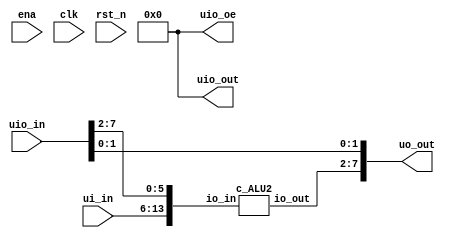
module tt_um_rebel2_balanced_ternary_ALU (
    input  wire [7:0] ui_in,    // Dedicated inputs
    output wire [7:0] uo_out,   // Dedicated outputs
    input  wire [7:0] uio_in,   // IOs: Input path
    output wire [7:0] uio_out,  // IOs: Output path
    output wire [7:0] uio_oe,   // IOs: Enable path (active high: 0=input, 1=output)
    input  wire       ena,      // will go high when the design is enabled
    input  wire       clk,      // clock
    input  wire       rst_n     // reset_n - low to reset
);

wire [1:0] tnet_0 = ui_in[7:6]; //func2
wire [1:0] tnet_1 = ui_in[5:4]; //func1
wire [1:0] tnet_2 = ui_in[3:2]; //func0
wire [1:0] tnet_3 = ui_in[1:0]; //b1
wire [1:0] tnet_4 = uio_in[7:6]; //b0
wire [1:0] tnet_5 = uio_in[5:4]; //a1
wire [1:0] tnet_6 = uio_in[3:2]; //a0
wire [1:0] tnet_7 = uio_in[1:0]; //unused

wire [1:0] tnet_8;
wire [1:0] tnet_9;
wire [1:0] tnet_10;

assign uio_oe = 8'b0000_0000; // 0 = input, 1 = output
  assign uio_out[7:0] = 8'b00000000;

assign uo_out[7:6] = tnet_8; //carry
assign uo_out[5:4] = tnet_9; //out1
assign uo_out[3:2] = tnet_10; //out0
assign uo_out[1:0] = tnet_7; //unused

c_ALU2 SavedGate_1 (
.io_in({tnet_0,tnet_1,tnet_2,tnet_3,tnet_4,tnet_5,tnet_6}),
.io_out({tnet_8,tnet_9,tnet_10})
);

endmodule


module c_ALU2 (
     input [13:0] io_in,
     output [5:0] io_out
);

wire [1:0] tnet_0 = io_in[13:12]; //func2
wire [1:0] tnet_1 = tnet_0;
wire [1:0] tnet_2 = io_in[11:10]; //func1
wire [1:0] tnet_3 = tnet_2;
wire [1:0] tnet_4 = tnet_2;
wire [1:0] tnet_5 = tnet_2;
wire [1:0] tnet_6 = io_in[9:8]; //func0
wire [1:0] tnet_7 = tnet_6;
wire [1:0] tnet_8 = tnet_6;
wire [1:0] tnet_9 = tnet_6;
wire [1:0] tnet_10 = tnet_6;
wire [1:0] tnet_11 = io_in[7:6]; //b1
wire [1:0] tnet_12 = tnet_11;
wire [1:0] tnet_13 = tnet_11;
wire [1:0] tnet_14 = tnet_11;
wire [1:0] tnet_15 = tnet_11;
wire [1:0] tnet_16 = io_in[5:4]; //b0
wire [1:0] tnet_17 = tnet_16;
wire [1:0] tnet_18 = tnet_16;
wire [1:0] tnet_19 = tnet_16;
wire [1:0] tnet_20 = tnet_16;
wire [1:0] tnet_21 = io_in[3:2]; //a1
wire [1:0] tnet_22 = tnet_21;
wire [1:0] tnet_23 = tnet_21;
wire [1:0] tnet_24 = tnet_21;
wire [1:0] tnet_25 = tnet_21;
wire [1:0] tnet_26 = io_in[1:0]; //a0
wire [1:0] tnet_27 = tnet_26;
wire [1:0] tnet_28 = tnet_26;
wire [1:0] tnet_29 = tnet_26;
wire [1:0] tnet_30 = tnet_26;

wire [1:0] tnet_31;
wire [1:0] tnet_32;
wire [1:0] tnet_33;
wire [1:0] tnet_34;
wire [1:0] tnet_35;
wire [1:0] tnet_36;
wire [1:0] tnet_37;
wire [1:0] tnet_38;
wire [1:0] tnet_39;
wire [1:0] tnet_40;
wire [1:0] tnet_41;
wire [1:0] tnet_42;
wire [1:0] tnet_43;
wire [1:0] tnet_44;
wire [1:0] tnet_45;
wire [1:0] tnet_46;
wire [1:0] tnet_47 = tnet_46;
wire [1:0] tnet_48;
wire [1:0] tnet_49;
wire [1:0] tnet_50;
wire [1:0] tnet_51;
wire [1:0] tnet_52;
wire [1:0] tnet_53;
wire [1:0] tnet_54;
wire [1:0] tnet_55;
wire [1:0] tnet_56;
wire [1:0] tnet_57;
wire [1:0] tnet_58;

assign io_out[5:4] = tnet_56; //carry
assign io_out[3:2] = tnet_57; //out1
assign io_out[1:0] = tnet_58; //out0

f_DGDDDDDAD_bet LogicGate_0 (
.portB(tnet_1),
.portA(tnet_4),
.portC(tnet_41),
.out(tnet_56)
);

c_SHIFT2 SavedGate_0 (
.io_in({tnet_25,tnet_30,tnet_15,tnet_20,tnet_2,tnet_6}),
.io_out({tnet_32,tnet_31})
);

c_2MUX2 SavedGate_1 (
.io_in({tnet_9,tnet_38,tnet_37,tnet_36,tnet_35}),
.io_out({tnet_33,tnet_34})
);

c_2TritMul SavedGate_2 (
.io_in({tnet_13,tnet_18,tnet_23,tnet_28}),
.io_out({tnet_38,tnet_37,tnet_36,tnet_35})
);

c_2MUX2 SavedGate_3 (
.io_in({tnet_5,tnet_33,tnet_34,tnet_42,tnet_43}),
.io_out({tnet_39,tnet_40})
);

c_3MUX2 SavedGate_4 (
.io_in({tnet_0,tnet_32,tnet_31,tnet_39,tnet_40,tnet_53,tnet_52}),
.io_out({tnet_57,tnet_58})
);

c_AddSub2 SavedGate_5 (
.io_in({tnet_7,tnet_14,tnet_19,tnet_24,tnet_29}),
.io_out({tnet_41,tnet_42,tnet_43})
);

c_3MUX2 SavedGate_6 (
.io_in({tnet_10,tnet_49,tnet_48,tnet_47,tnet_46,tnet_51,tnet_50}),
.io_out({tnet_44,tnet_45})
);

c_CMP2 SavedGate_7 (
.io_in({tnet_12,tnet_17,tnet_22,tnet_27}),
.io_out({tnet_51,tnet_50,tnet_49,tnet_48,tnet_46})
);

c_2MUX2 SavedGate_8 (
.io_in({tnet_3,tnet_44,tnet_45,tnet_55,tnet_54}),
.io_out({tnet_53,tnet_52})
);

c_CMP2tritwise SavedGate_9 (
.io_in({tnet_8,tnet_11,tnet_16,tnet_21,tnet_26}),
.io_out({tnet_55,tnet_54})
);

endmodule

module c_2MUX1 (
     input [5:0] io_in,
     output [1:0] io_out
);

wire [1:0] tnet_0 = io_in[5:4]; //sel
wire [1:0] tnet_1 = io_in[3:2]; //b
wire [1:0] tnet_2 = io_in[1:0]; //a

wire [1:0] tnet_3;

assign io_out[1:0] = tnet_3; //q

f_PPPPPPZD0_bet LogicGate_0 (
.portC(tnet_0),
.portB(tnet_1),
.portA(tnet_2),
.out(tnet_3)
);

endmodule

module c_2MUX2 (
     input [9:0] io_in,
     output [3:0] io_out
);

wire [1:0] tnet_0 = io_in[9:8]; //sel
wire [1:0] tnet_1 = tnet_0;
wire [1:0] tnet_2 = io_in[7:6]; //b1
wire [1:0] tnet_3 = io_in[5:4]; //b0
wire [1:0] tnet_4 = io_in[3:2]; //a1
wire [1:0] tnet_5 = io_in[1:0]; //a0

wire [1:0] tnet_6;
wire [1:0] tnet_7;

assign io_out[3:2] = tnet_6; //q1
assign io_out[1:0] = tnet_7; //q0

c_2MUX1 SavedGate_0 (
.io_in({tnet_0,tnet_2,tnet_4}),
.io_out({tnet_6})
);

c_2MUX1 SavedGate_1 (
.io_in({tnet_1,tnet_3,tnet_5}),
.io_out({tnet_7})
);

endmodule

module c_2TritAdder (
     input [7:0] io_in,
     output [5:0] io_out
);

wire [1:0] tnet_0 = io_in[7:6]; //b1
wire [1:0] tnet_1 = io_in[5:4]; //b0
wire [1:0] tnet_2 = io_in[3:2]; //a1
wire [1:0] tnet_3 = io_in[1:0]; //a0

wire [1:0] tnet_4;
wire [1:0] tnet_5;
wire [1:0] tnet_6;
wire [1:0] tnet_7;

assign io_out[5:4] = tnet_5; //Cout
assign io_out[3:2] = tnet_6; //q1
assign io_out[1:0] = tnet_7; //q0

c_TriFullAdder SavedGate_0 (
.io_in({tnet_4,tnet_0,tnet_2}),
.io_out({tnet_5,tnet_6})
);

c_TriHalfAdder SavedGate_1 (
.io_in({tnet_1,tnet_3}),
.io_out({tnet_4,tnet_7})
);

endmodule

module c_2TritComp (
     input [7:0] io_in,
     output [1:0] io_out
);

wire [1:0] tnet_0 = io_in[7:6]; //b1
wire [1:0] tnet_1 = io_in[5:4]; //b0
wire [1:0] tnet_2 = io_in[3:2]; //a1
wire [1:0] tnet_3 = io_in[1:0]; //a0

wire [1:0] tnet_4;
wire [1:0] tnet_5;

assign io_out[1:0] = tnet_5; //q

f_H51_bet LogicGate_0 (
.portB(tnet_0),
.portA(tnet_2),
.out(tnet_4)
);

c_RippleComp SavedGate_0 (
.io_in({tnet_4,tnet_1,tnet_3}),
.io_out({tnet_5})
);

endmodule

module c_2TritMul (
     input [7:0] io_in,
     output [7:0] io_out
);

wire [1:0] tnet_0 = io_in[7:6]; //b1
wire [1:0] tnet_1 = tnet_0;
wire [1:0] tnet_2 = io_in[5:4]; //b0
wire [1:0] tnet_3 = tnet_2;
wire [1:0] tnet_4 = io_in[3:2]; //a1
wire [1:0] tnet_5 = tnet_4;
wire [1:0] tnet_6 = io_in[1:0]; //a0
wire [1:0] tnet_7 = tnet_6;

wire [1:0] tnet_8;
wire [1:0] tnet_9;
wire [1:0] tnet_10;
wire [1:0] tnet_11;
wire [1:0] tnet_12;
wire [1:0] tnet_13;
wire [1:0] tnet_14;
wire [1:0] tnet_15;

assign io_out[7:6] = tnet_12; //q3
assign io_out[5:4] = tnet_13; //q2
assign io_out[3:2] = tnet_14; //q1
assign io_out[1:0] = tnet_15; //q0

c_TriMul1 SavedGate_0 (
.io_in({tnet_1,tnet_5}),
.io_out({tnet_8})
);

c_TriHalfAdder SavedGate_1 (
.io_in({tnet_8,tnet_10}),
.io_out({tnet_12,tnet_13})
);

c_TriMul1 SavedGate_2 (
.io_in({tnet_3,tnet_4}),
.io_out({tnet_9})
);

c_TriHalfAdder SavedGate_3 (
.io_in({tnet_9,tnet_11}),
.io_out({tnet_10,tnet_14})
);

c_TriMul1 SavedGate_4 (
.io_in({tnet_0,tnet_7}),
.io_out({tnet_11})
);

c_TriMul1 SavedGate_5 (
.io_in({tnet_2,tnet_6}),
.io_out({tnet_15})
);

endmodule

module c_2TritNot (
     input [3:0] io_in,
     output [3:0] io_out
);

wire [1:0] tnet_0 = io_in[3:2]; //a1
wire [1:0] tnet_1 = io_in[1:0]; //a0

wire [1:0] tnet_2;
wire [1:0] tnet_3;

assign io_out[3:2] = tnet_2; //q1
assign io_out[1:0] = tnet_3; //q0

f_5_bet LogicGate_0 (
.portA(tnet_0),
.out(tnet_2)
);

f_5_bet LogicGate_1 (
.portA(tnet_1),
.out(tnet_3)
);

endmodule

module c_3MUX1 (
     input [7:0] io_in,
     output [1:0] io_out
);

wire [1:0] tnet_0 = io_in[7:6]; //sel
wire [1:0] tnet_1 = tnet_0;
wire [1:0] tnet_2 = io_in[5:4]; //c
wire [1:0] tnet_3 = io_in[3:2]; //b
wire [1:0] tnet_4 = io_in[1:0]; //a

wire [1:0] tnet_5;
wire [1:0] tnet_6;

assign io_out[1:0] = tnet_6; //out

f_PPPZD0ZD0_bet LogicGate_0 (
.portC(tnet_0),
.portB(tnet_2),
.portA(tnet_5),
.out(tnet_6)
);

f_RPPRPPZD0_bet LogicGate_1 (
.portC(tnet_1),
.portB(tnet_3),
.portA(tnet_4),
.out(tnet_5)
);

endmodule

module c_3MUX2 (
     input [13:0] io_in,
     output [3:0] io_out
);

wire [1:0] tnet_0 = io_in[13:12]; //sel
wire [1:0] tnet_1 = tnet_0;
wire [1:0] tnet_2 = io_in[11:10]; //c1
wire [1:0] tnet_3 = io_in[9:8]; //c0
wire [1:0] tnet_4 = io_in[7:6]; //b1
wire [1:0] tnet_5 = io_in[5:4]; //b0
wire [1:0] tnet_6 = io_in[3:2]; //a1
wire [1:0] tnet_7 = io_in[1:0]; //a0

wire [1:0] tnet_8;
wire [1:0] tnet_9;

assign io_out[3:2] = tnet_8; //q1
assign io_out[1:0] = tnet_9; //q0

c_3MUX1 SavedGate_0 (
.io_in({tnet_0,tnet_2,tnet_4,tnet_6}),
.io_out({tnet_8})
);

c_3MUX1 SavedGate_1 (
.io_in({tnet_1,tnet_3,tnet_5,tnet_7}),
.io_out({tnet_9})
);

endmodule

module c_AddSub2 (
     input [9:0] io_in,
     output [5:0] io_out
);

wire [1:0] tnet_0 = io_in[9:8]; //sel
wire [1:0] tnet_1 = io_in[7:6]; //b1
wire [1:0] tnet_2 = tnet_1;
wire [1:0] tnet_3 = io_in[5:4]; //b0
wire [1:0] tnet_4 = tnet_3;
wire [1:0] tnet_5 = io_in[3:2]; //a1
wire [1:0] tnet_6 = io_in[1:0]; //a0

wire [1:0] tnet_7;
wire [1:0] tnet_8;
wire [1:0] tnet_9;
wire [1:0] tnet_10;
wire [1:0] tnet_11;
wire [1:0] tnet_12;
wire [1:0] tnet_13;

assign io_out[5:4] = tnet_11; //q2
assign io_out[3:2] = tnet_12; //q1
assign io_out[1:0] = tnet_13; //q0

c_2TritNot SavedGate_0 (
.io_in({tnet_2,tnet_4}),
.io_out({tnet_7,tnet_8})
);

c_2MUX2 SavedGate_1 (
.io_in({tnet_0,tnet_7,tnet_8,tnet_1,tnet_3}),
.io_out({tnet_9,tnet_10})
);

c_2TritAdder SavedGate_2 (
.io_in({tnet_9,tnet_10,tnet_5,tnet_6}),
.io_out({tnet_11,tnet_12,tnet_13})
);

endmodule

module c_CMP2 (
     input [7:0] io_in,
     output [9:0] io_out
);

wire [1:0] tnet_0 = io_in[7:6]; //b1
wire [1:0] tnet_1 = tnet_0;
wire [1:0] tnet_2 = tnet_0;
wire [1:0] tnet_3 = io_in[5:4]; //b0
wire [1:0] tnet_4 = tnet_3;
wire [1:0] tnet_5 = tnet_3;
wire [1:0] tnet_6 = io_in[3:2]; //a1
wire [1:0] tnet_7 = tnet_6;
wire [1:0] tnet_8 = tnet_6;
wire [1:0] tnet_9 = io_in[1:0]; //a0
wire [1:0] tnet_10 = tnet_9;
wire [1:0] tnet_11 = tnet_9;

wire [1:0] tnet_12;
wire [1:0] tnet_13 = tnet_12;
wire [1:0] tnet_14;
wire [1:0] tnet_15;
wire [1:0] tnet_16;
wire [1:0] tnet_17;
wire [1:0] tnet_18 = tnet_12;

assign io_out[9:8] = tnet_14; //max1
assign io_out[7:6] = tnet_15; //max0
assign io_out[5:4] = tnet_16; //min1
assign io_out[3:2] = tnet_17; //min0
assign io_out[1:0] = tnet_18; //cmp

c_2MUX2 SavedGate_0 (
.io_in({tnet_13,tnet_0,tnet_3,tnet_8,tnet_11}),
.io_out({tnet_14,tnet_15})
);

c_2MUX2 SavedGate_1 (
.io_in({tnet_12,tnet_6,tnet_9,tnet_1,tnet_4}),
.io_out({tnet_16,tnet_17})
);

c_2TritComp SavedGate_2 (
.io_in({tnet_2,tnet_5,tnet_7,tnet_10}),
.io_out({tnet_12})
);

endmodule

module c_CMP2tritwise (
     input [9:0] io_in,
     output [3:0] io_out
);

wire [1:0] tnet_0 = io_in[9:8]; //mode
wire [1:0] tnet_1 = tnet_0;
wire [1:0] tnet_2 = io_in[7:6]; //b1
wire [1:0] tnet_3 = io_in[5:4]; //b0
wire [1:0] tnet_4 = io_in[3:2]; //a1
wire [1:0] tnet_5 = io_in[1:0]; //a0

wire [1:0] tnet_6;
wire [1:0] tnet_7;

assign io_out[3:2] = tnet_6; //q0
assign io_out[1:0] = tnet_7; //q1

f_ZRPH51CC0_bet LogicGate_0 (
.portC(tnet_0),
.portB(tnet_2),
.portA(tnet_4),
.out(tnet_6)
);

f_ZRPH51PC0_bet LogicGate_1 (
.portC(tnet_1),
.portB(tnet_3),
.portA(tnet_5),
.out(tnet_7)
);

endmodule

module c_RippleComp (
     input [5:0] io_in,
     output [1:0] io_out
);

wire [1:0] tnet_0 = io_in[5:4]; //Cin
wire [1:0] tnet_1 = io_in[3:2]; //b
wire [1:0] tnet_2 = io_in[1:0]; //a

wire [1:0] tnet_3;

assign io_out[1:0] = tnet_3; //q

f_ZZZH51000_bet LogicGate_0 (
.portC(tnet_0),
.portB(tnet_1),
.portA(tnet_2),
.out(tnet_3)
);

endmodule

module c_SHIFT2 (
     input [11:0] io_in,
     output [3:0] io_out
);

wire [1:0] tnet_0 = io_in[11:10]; //a1
wire [1:0] tnet_1 = tnet_0;
wire [1:0] tnet_2 = io_in[9:8]; //a0
wire [1:0] tnet_3 = tnet_2;
wire [1:0] tnet_4 = io_in[7:6]; //imm1
wire [1:0] tnet_5 = tnet_4;
wire [1:0] tnet_6 = io_in[5:4]; //imm0
wire [1:0] tnet_7 = tnet_6;
wire [1:0] tnet_8 = io_in[3:2]; //dir
wire [1:0] tnet_9 = tnet_8;
wire [1:0] tnet_10 = io_in[1:0]; //insert
wire [1:0] tnet_11 = tnet_10;

wire [1:0] tnet_12;
wire [1:0] tnet_13;
wire [1:0] tnet_14;
wire [1:0] tnet_15;

assign io_out[3:2] = tnet_14; //q1
assign io_out[1:0] = tnet_15; //q0

f_063TGT360_bet LogicGate_0 (
.portB(tnet_5),
.portA(tnet_7),
.portC(tnet_9),
.out(tnet_12)
);

f_630GTG036_bet LogicGate_1 (
.portB(tnet_4),
.portA(tnet_6),
.portC(tnet_8),
.out(tnet_13)
);

c_3MUX1 SavedGate_0 (
.io_in({tnet_12,tnet_1,tnet_3,tnet_11}),
.io_out({tnet_14})
);

c_3MUX1 SavedGate_1 (
.io_in({tnet_13,tnet_0,tnet_2,tnet_10}),
.io_out({tnet_15})
);

endmodule

module c_TriFullAdder (
     input [5:0] io_in,
     output [3:0] io_out
);

wire [1:0] tnet_0 = io_in[5:4]; //Cin
wire [1:0] tnet_1 = tnet_0;
wire [1:0] tnet_2 = io_in[3:2]; //b
wire [1:0] tnet_3 = tnet_2;
wire [1:0] tnet_4 = io_in[1:0]; //a
wire [1:0] tnet_5 = tnet_4;

wire [1:0] tnet_6;
wire [1:0] tnet_7;

assign io_out[3:2] = tnet_6; //Cout
assign io_out[1:0] = tnet_7; //q

f_XRDRDCDC9_bet LogicGate_0 (
.portC(tnet_1),
.portB(tnet_3),
.portA(tnet_5),
.out(tnet_6)
);

f_B7P7PBPB7_bet LogicGate_1 (
.portC(tnet_0),
.portB(tnet_2),
.portA(tnet_4),
.out(tnet_7)
);

endmodule

module c_TriHalfAdder (
     input [3:0] io_in,
     output [3:0] io_out
);

wire [1:0] tnet_0 = io_in[3:2]; //b
wire [1:0] tnet_1 = tnet_0;
wire [1:0] tnet_2 = io_in[1:0]; //a
wire [1:0] tnet_3 = tnet_2;

wire [1:0] tnet_4;
wire [1:0] tnet_5;

assign io_out[3:2] = tnet_4; //Cout
assign io_out[1:0] = tnet_5; //q

f_RDC_bet LogicGate_0 (
.portB(tnet_1),
.portA(tnet_3),
.out(tnet_4)
);

f_7PB_bet LogicGate_1 (
.portB(tnet_0),
.portA(tnet_2),
.out(tnet_5)
);

endmodule

module c_TriMul1 (
     input [3:0] io_in,
     output [1:0] io_out
);

wire [1:0] tnet_0 = io_in[3:2]; //b
wire [1:0] tnet_1 = io_in[1:0]; //a

wire [1:0] tnet_2;

assign io_out[1:0] = tnet_2; //q

f_PD5_bet LogicGate_0 (
.portB(tnet_0),
.portA(tnet_1),
.out(tnet_2)
);

endmodule

module f_063TGT360_bet (
     input wire[1:0] portC,
     input wire[1:0] portB,
     input wire[1:0] portA,
     output wire[1:0] out
     );

     assign out = 
    (portC == 2'b01) & (portB == 2'b01) & (portA == 2'b01) ? 2'b01 :
    (portC == 2'b01) & (portB == 2'b11) & (portA == 2'b01) ? 2'b01 :
    (portC == 2'b01) & (portB == 2'b10) & (portA == 2'b01) ? 2'b01 :
    (portC == 2'b01) & (portB == 2'b01) & (portA == 2'b11) ? 2'b01 :
    (portC == 2'b01) & (portB == 2'b11) & (portA == 2'b11) ? 2'b10 :
    (portC == 2'b01) & (portB == 2'b10) & (portA == 2'b11) ? 2'b01 :
    (portC == 2'b01) & (portB == 2'b01) & (portA == 2'b10) ? 2'b01 :
    (portC == 2'b01) & (portB == 2'b10) & (portA == 2'b10) ? 2'b01 :
    (portC == 2'b11) & (portB == 2'b01) & (portA == 2'b01) ? 2'b10 :
    (portC == 2'b11) & (portB == 2'b10) & (portA == 2'b01) ? 2'b10 :
    (portC == 2'b11) & (portB == 2'b11) & (portA == 2'b11) ? 2'b10 :
    (portC == 2'b11) & (portB == 2'b01) & (portA == 2'b10) ? 2'b10 :
    (portC == 2'b11) & (portB == 2'b10) & (portA == 2'b10) ? 2'b10 :
    (portC == 2'b10) & (portB == 2'b01) & (portA == 2'b01) ? 2'b01 :
    (portC == 2'b10) & (portB == 2'b10) & (portA == 2'b01) ? 2'b01 :
    (portC == 2'b10) & (portB == 2'b01) & (portA == 2'b11) ? 2'b01 :
    (portC == 2'b10) & (portB == 2'b11) & (portA == 2'b11) ? 2'b10 :
    (portC == 2'b10) & (portB == 2'b10) & (portA == 2'b11) ? 2'b01 :
    (portC == 2'b10) & (portB == 2'b01) & (portA == 2'b10) ? 2'b01 :
    (portC == 2'b10) & (portB == 2'b11) & (portA == 2'b10) ? 2'b01 :
    (portC == 2'b10) & (portB == 2'b10) & (portA == 2'b10) ? 2'b01 :
     2'b11;
endmodule

module f_5_bet (
     input wire[1:0] portA,
     output wire[1:0] out
     );

     assign out = 
    (portA == 2'b01) ? 2'b10 :
    (portA == 2'b10) ? 2'b01 :
     2'b11;
endmodule

module f_630GTG036_bet (
     input wire[1:0] portC,
     input wire[1:0] portB,
     input wire[1:0] portA,
     output wire[1:0] out
     );

     assign out = 
    (portC == 2'b01) & (portB == 2'b01) & (portA == 2'b01) ? 2'b01 :
    (portC == 2'b01) & (portB == 2'b11) & (portA == 2'b01) ? 2'b10 :
    (portC == 2'b01) & (portB == 2'b10) & (portA == 2'b01) ? 2'b01 :
    (portC == 2'b01) & (portB == 2'b01) & (portA == 2'b11) ? 2'b01 :
    (portC == 2'b01) & (portB == 2'b10) & (portA == 2'b11) ? 2'b01 :
    (portC == 2'b01) & (portB == 2'b01) & (portA == 2'b10) ? 2'b01 :
    (portC == 2'b01) & (portB == 2'b11) & (portA == 2'b10) ? 2'b01 :
    (portC == 2'b01) & (portB == 2'b10) & (portA == 2'b10) ? 2'b01 :
    (portC == 2'b11) & (portB == 2'b11) & (portA == 2'b01) ? 2'b10 :
    (portC == 2'b11) & (portB == 2'b01) & (portA == 2'b11) ? 2'b10 :
    (portC == 2'b11) & (portB == 2'b10) & (portA == 2'b11) ? 2'b10 :
    (portC == 2'b11) & (portB == 2'b11) & (portA == 2'b10) ? 2'b10 :
    (portC == 2'b10) & (portB == 2'b01) & (portA == 2'b01) ? 2'b01 :
    (portC == 2'b10) & (portB == 2'b11) & (portA == 2'b01) ? 2'b01 :
    (portC == 2'b10) & (portB == 2'b10) & (portA == 2'b01) ? 2'b01 :
    (portC == 2'b10) & (portB == 2'b01) & (portA == 2'b11) ? 2'b01 :
    (portC == 2'b10) & (portB == 2'b10) & (portA == 2'b11) ? 2'b01 :
    (portC == 2'b10) & (portB == 2'b01) & (portA == 2'b10) ? 2'b01 :
    (portC == 2'b10) & (portB == 2'b11) & (portA == 2'b10) ? 2'b10 :
    (portC == 2'b10) & (portB == 2'b10) & (portA == 2'b10) ? 2'b01 :
     2'b11;
endmodule

module f_7PB_bet (
     input wire[1:0] portB,
     input wire[1:0] portA,
     output wire[1:0] out
     );

     assign out = 
    (portB == 2'b01) & (portA == 2'b01) ? 2'b10 :
    (portB == 2'b11) & (portA == 2'b01) ? 2'b01 :
    (portB == 2'b01) & (portA == 2'b11) ? 2'b01 :
    (portB == 2'b10) & (portA == 2'b11) ? 2'b10 :
    (portB == 2'b11) & (portA == 2'b10) ? 2'b10 :
    (portB == 2'b10) & (portA == 2'b10) ? 2'b01 :
     2'b11;
endmodule

module f_B7P7PBPB7_bet (
     input wire[1:0] portC,
     input wire[1:0] portB,
     input wire[1:0] portA,
     output wire[1:0] out
     );

     assign out = 
    (portC == 2'b01) & (portB == 2'b11) & (portA == 2'b01) ? 2'b10 :
    (portC == 2'b01) & (portB == 2'b10) & (portA == 2'b01) ? 2'b01 :
    (portC == 2'b01) & (portB == 2'b01) & (portA == 2'b11) ? 2'b10 :
    (portC == 2'b01) & (portB == 2'b11) & (portA == 2'b11) ? 2'b01 :
    (portC == 2'b01) & (portB == 2'b01) & (portA == 2'b10) ? 2'b01 :
    (portC == 2'b01) & (portB == 2'b10) & (portA == 2'b10) ? 2'b10 :
    (portC == 2'b11) & (portB == 2'b01) & (portA == 2'b01) ? 2'b10 :
    (portC == 2'b11) & (portB == 2'b11) & (portA == 2'b01) ? 2'b01 :
    (portC == 2'b11) & (portB == 2'b01) & (portA == 2'b11) ? 2'b01 :
    (portC == 2'b11) & (portB == 2'b10) & (portA == 2'b11) ? 2'b10 :
    (portC == 2'b11) & (portB == 2'b11) & (portA == 2'b10) ? 2'b10 :
    (portC == 2'b11) & (portB == 2'b10) & (portA == 2'b10) ? 2'b01 :
    (portC == 2'b10) & (portB == 2'b01) & (portA == 2'b01) ? 2'b01 :
    (portC == 2'b10) & (portB == 2'b10) & (portA == 2'b01) ? 2'b10 :
    (portC == 2'b10) & (portB == 2'b11) & (portA == 2'b11) ? 2'b10 :
    (portC == 2'b10) & (portB == 2'b10) & (portA == 2'b11) ? 2'b01 :
    (portC == 2'b10) & (portB == 2'b01) & (portA == 2'b10) ? 2'b10 :
    (portC == 2'b10) & (portB == 2'b11) & (portA == 2'b10) ? 2'b01 :
     2'b11;
endmodule

module f_DGDDDDDAD_bet (
     input wire[1:0] portC,
     input wire[1:0] portB,
     input wire[1:0] portA,
     output wire[1:0] out
     );

     assign out = 
    (portC == 2'b01) & (portB == 2'b11) & (portA == 2'b11) ? 2'b01 :
    (portC == 2'b10) & (portB == 2'b11) & (portA == 2'b11) ? 2'b10 :
     2'b11;
endmodule

module f_H51_bet (
     input wire[1:0] portB,
     input wire[1:0] portA,
     output wire[1:0] out
     );

     assign out = 
    (portB == 2'b11) & (portA == 2'b01) ? 2'b01 :
    (portB == 2'b10) & (portA == 2'b01) ? 2'b01 :
    (portB == 2'b01) & (portA == 2'b11) ? 2'b10 :
    (portB == 2'b10) & (portA == 2'b11) ? 2'b01 :
    (portB == 2'b01) & (portA == 2'b10) ? 2'b10 :
    (portB == 2'b11) & (portA == 2'b10) ? 2'b10 :
     2'b11;
endmodule

module f_PD5_bet (
     input wire[1:0] portB,
     input wire[1:0] portA,
     output wire[1:0] out
     );

     assign out = 
    (portB == 2'b01) & (portA == 2'b01) ? 2'b10 :
    (portB == 2'b10) & (portA == 2'b01) ? 2'b01 :
    (portB == 2'b01) & (portA == 2'b10) ? 2'b01 :
    (portB == 2'b10) & (portA == 2'b10) ? 2'b10 :
     2'b11;
endmodule

module f_PPPPPPZD0_bet (
     input wire[1:0] portC,
     input wire[1:0] portB,
     input wire[1:0] portA,
     output wire[1:0] out
     );

     assign out = 
    (portC == 2'b01) & (portB == 2'b01) & (portA == 2'b01) ? 2'b01 :
    (portC == 2'b01) & (portB == 2'b11) & (portA == 2'b01) ? 2'b01 :
    (portC == 2'b01) & (portB == 2'b10) & (portA == 2'b01) ? 2'b01 :
    (portC == 2'b01) & (portB == 2'b01) & (portA == 2'b10) ? 2'b10 :
    (portC == 2'b01) & (portB == 2'b11) & (portA == 2'b10) ? 2'b10 :
    (portC == 2'b01) & (portB == 2'b10) & (portA == 2'b10) ? 2'b10 :
    (portC == 2'b11) & (portB == 2'b01) & (portA == 2'b01) ? 2'b01 :
    (portC == 2'b11) & (portB == 2'b10) & (portA == 2'b01) ? 2'b10 :
    (portC == 2'b11) & (portB == 2'b01) & (portA == 2'b11) ? 2'b01 :
    (portC == 2'b11) & (portB == 2'b10) & (portA == 2'b11) ? 2'b10 :
    (portC == 2'b11) & (portB == 2'b01) & (portA == 2'b10) ? 2'b01 :
    (portC == 2'b11) & (portB == 2'b10) & (portA == 2'b10) ? 2'b10 :
    (portC == 2'b10) & (portB == 2'b01) & (portA == 2'b01) ? 2'b01 :
    (portC == 2'b10) & (portB == 2'b10) & (portA == 2'b01) ? 2'b10 :
    (portC == 2'b10) & (portB == 2'b01) & (portA == 2'b11) ? 2'b01 :
    (portC == 2'b10) & (portB == 2'b10) & (portA == 2'b11) ? 2'b10 :
    (portC == 2'b10) & (portB == 2'b01) & (portA == 2'b10) ? 2'b01 :
    (portC == 2'b10) & (portB == 2'b10) & (portA == 2'b10) ? 2'b10 :
     2'b11;
endmodule

module f_PPPZD0ZD0_bet (
     input wire[1:0] portC,
     input wire[1:0] portB,
     input wire[1:0] portA,
     output wire[1:0] out
     );

     assign out = 
    (portC == 2'b01) & (portB == 2'b01) & (portA == 2'b01) ? 2'b01 :
    (portC == 2'b01) & (portB == 2'b11) & (portA == 2'b01) ? 2'b01 :
    (portC == 2'b01) & (portB == 2'b10) & (portA == 2'b01) ? 2'b01 :
    (portC == 2'b01) & (portB == 2'b01) & (portA == 2'b10) ? 2'b10 :
    (portC == 2'b01) & (portB == 2'b11) & (portA == 2'b10) ? 2'b10 :
    (portC == 2'b01) & (portB == 2'b10) & (portA == 2'b10) ? 2'b10 :
    (portC == 2'b11) & (portB == 2'b01) & (portA == 2'b01) ? 2'b01 :
    (portC == 2'b11) & (portB == 2'b11) & (portA == 2'b01) ? 2'b01 :
    (portC == 2'b11) & (portB == 2'b10) & (portA == 2'b01) ? 2'b01 :
    (portC == 2'b11) & (portB == 2'b01) & (portA == 2'b10) ? 2'b10 :
    (portC == 2'b11) & (portB == 2'b11) & (portA == 2'b10) ? 2'b10 :
    (portC == 2'b11) & (portB == 2'b10) & (portA == 2'b10) ? 2'b10 :
    (portC == 2'b10) & (portB == 2'b01) & (portA == 2'b01) ? 2'b01 :
    (portC == 2'b10) & (portB == 2'b10) & (portA == 2'b01) ? 2'b10 :
    (portC == 2'b10) & (portB == 2'b01) & (portA == 2'b11) ? 2'b01 :
    (portC == 2'b10) & (portB == 2'b10) & (portA == 2'b11) ? 2'b10 :
    (portC == 2'b10) & (portB == 2'b01) & (portA == 2'b10) ? 2'b01 :
    (portC == 2'b10) & (portB == 2'b10) & (portA == 2'b10) ? 2'b10 :
     2'b11;
endmodule

module f_RDC_bet (
     input wire[1:0] portB,
     input wire[1:0] portA,
     output wire[1:0] out
     );

     assign out = 
    (portB == 2'b01) & (portA == 2'b01) ? 2'b01 :
    (portB == 2'b10) & (portA == 2'b10) ? 2'b10 :
     2'b11;
endmodule

module f_RPPRPPZD0_bet (
     input wire[1:0] portC,
     input wire[1:0] portB,
     input wire[1:0] portA,
     output wire[1:0] out
     );

     assign out = 
    (portC == 2'b01) & (portB == 2'b01) & (portA == 2'b01) ? 2'b01 :
    (portC == 2'b01) & (portB == 2'b11) & (portA == 2'b01) ? 2'b01 :
    (portC == 2'b01) & (portB == 2'b10) & (portA == 2'b01) ? 2'b01 :
    (portC == 2'b01) & (portB == 2'b01) & (portA == 2'b10) ? 2'b10 :
    (portC == 2'b01) & (portB == 2'b11) & (portA == 2'b10) ? 2'b10 :
    (portC == 2'b01) & (portB == 2'b10) & (portA == 2'b10) ? 2'b10 :
    (portC == 2'b11) & (portB == 2'b01) & (portA == 2'b01) ? 2'b01 :
    (portC == 2'b11) & (portB == 2'b10) & (portA == 2'b01) ? 2'b10 :
    (portC == 2'b11) & (portB == 2'b01) & (portA == 2'b11) ? 2'b01 :
    (portC == 2'b11) & (portB == 2'b10) & (portA == 2'b11) ? 2'b10 :
    (portC == 2'b11) & (portB == 2'b10) & (portA == 2'b10) ? 2'b10 :
    (portC == 2'b10) & (portB == 2'b01) & (portA == 2'b01) ? 2'b01 :
    (portC == 2'b10) & (portB == 2'b10) & (portA == 2'b01) ? 2'b10 :
    (portC == 2'b10) & (portB == 2'b01) & (portA == 2'b11) ? 2'b01 :
    (portC == 2'b10) & (portB == 2'b10) & (portA == 2'b11) ? 2'b10 :
    (portC == 2'b10) & (portB == 2'b10) & (portA == 2'b10) ? 2'b10 :
     2'b11;
endmodule

module f_XRDRDCDC9_bet (
     input wire[1:0] portC,
     input wire[1:0] portB,
     input wire[1:0] portA,
     output wire[1:0] out
     );

     assign out = 
    (portC == 2'b01) & (portB == 2'b01) & (portA == 2'b01) ? 2'b01 :
    (portC == 2'b01) & (portB == 2'b11) & (portA == 2'b01) ? 2'b01 :
    (portC == 2'b01) & (portB == 2'b01) & (portA == 2'b11) ? 2'b01 :
    (portC == 2'b11) & (portB == 2'b01) & (portA == 2'b01) ? 2'b01 :
    (portC == 2'b11) & (portB == 2'b10) & (portA == 2'b10) ? 2'b10 :
    (portC == 2'b10) & (portB == 2'b10) & (portA == 2'b11) ? 2'b10 :
    (portC == 2'b10) & (portB == 2'b11) & (portA == 2'b10) ? 2'b10 :
    (portC == 2'b10) & (portB == 2'b10) & (portA == 2'b10) ? 2'b10 :
     2'b11;
endmodule

module f_ZRPH51CC0_bet (
     input wire[1:0] portC,
     input wire[1:0] portB,
     input wire[1:0] portA,
     output wire[1:0] out
     );

     assign out = 
    (portC == 2'b01) & (portB == 2'b01) & (portA == 2'b01) ? 2'b01 :
    (portC == 2'b01) & (portB == 2'b11) & (portA == 2'b01) ? 2'b01 :
    (portC == 2'b01) & (portB == 2'b10) & (portA == 2'b01) ? 2'b01 :
    (portC == 2'b01) & (portB == 2'b01) & (portA == 2'b11) ? 2'b01 :
    (portC == 2'b01) & (portB == 2'b01) & (portA == 2'b10) ? 2'b01 :
    (portC == 2'b11) & (portB == 2'b11) & (portA == 2'b01) ? 2'b01 :
    (portC == 2'b11) & (portB == 2'b10) & (portA == 2'b01) ? 2'b01 :
    (portC == 2'b11) & (portB == 2'b01) & (portA == 2'b11) ? 2'b10 :
    (portC == 2'b11) & (portB == 2'b10) & (portA == 2'b11) ? 2'b01 :
    (portC == 2'b11) & (portB == 2'b01) & (portA == 2'b10) ? 2'b10 :
    (portC == 2'b11) & (portB == 2'b11) & (portA == 2'b10) ? 2'b10 :
    (portC == 2'b10) & (portB == 2'b01) & (portA == 2'b01) ? 2'b01 :
    (portC == 2'b10) & (portB == 2'b10) & (portA == 2'b01) ? 2'b10 :
    (portC == 2'b10) & (portB == 2'b10) & (portA == 2'b11) ? 2'b10 :
    (portC == 2'b10) & (portB == 2'b01) & (portA == 2'b10) ? 2'b10 :
    (portC == 2'b10) & (portB == 2'b11) & (portA == 2'b10) ? 2'b10 :
    (portC == 2'b10) & (portB == 2'b10) & (portA == 2'b10) ? 2'b10 :
     2'b11;
endmodule

module f_ZRPH51PC0_bet (
     input wire[1:0] portC,
     input wire[1:0] portB,
     input wire[1:0] portA,
     output wire[1:0] out
     );

     assign out = 
    (portC == 2'b01) & (portB == 2'b01) & (portA == 2'b01) ? 2'b01 :
    (portC == 2'b01) & (portB == 2'b11) & (portA == 2'b01) ? 2'b01 :
    (portC == 2'b01) & (portB == 2'b10) & (portA == 2'b01) ? 2'b01 :
    (portC == 2'b01) & (portB == 2'b01) & (portA == 2'b11) ? 2'b01 :
    (portC == 2'b01) & (portB == 2'b01) & (portA == 2'b10) ? 2'b01 :
    (portC == 2'b01) & (portB == 2'b10) & (portA == 2'b10) ? 2'b10 :
    (portC == 2'b11) & (portB == 2'b11) & (portA == 2'b01) ? 2'b01 :
    (portC == 2'b11) & (portB == 2'b10) & (portA == 2'b01) ? 2'b01 :
    (portC == 2'b11) & (portB == 2'b01) & (portA == 2'b11) ? 2'b10 :
    (portC == 2'b11) & (portB == 2'b10) & (portA == 2'b11) ? 2'b01 :
    (portC == 2'b11) & (portB == 2'b01) & (portA == 2'b10) ? 2'b10 :
    (portC == 2'b11) & (portB == 2'b11) & (portA == 2'b10) ? 2'b10 :
    (portC == 2'b10) & (portB == 2'b01) & (portA == 2'b01) ? 2'b01 :
    (portC == 2'b10) & (portB == 2'b10) & (portA == 2'b01) ? 2'b10 :
    (portC == 2'b10) & (portB == 2'b10) & (portA == 2'b11) ? 2'b10 :
    (portC == 2'b10) & (portB == 2'b01) & (portA == 2'b10) ? 2'b10 :
    (portC == 2'b10) & (portB == 2'b11) & (portA == 2'b10) ? 2'b10 :
    (portC == 2'b10) & (portB == 2'b10) & (portA == 2'b10) ? 2'b10 :
     2'b11;
endmodule

module f_ZZZH51000_bet (
     input wire[1:0] portC,
     input wire[1:0] portB,
     input wire[1:0] portA,
     output wire[1:0] out
     );

     assign out = 
    (portC == 2'b01) & (portB == 2'b01) & (portA == 2'b01) ? 2'b01 :
    (portC == 2'b01) & (portB == 2'b11) & (portA == 2'b01) ? 2'b01 :
    (portC == 2'b01) & (portB == 2'b10) & (portA == 2'b01) ? 2'b01 :
    (portC == 2'b01) & (portB == 2'b01) & (portA == 2'b11) ? 2'b01 :
    (portC == 2'b01) & (portB == 2'b11) & (portA == 2'b11) ? 2'b01 :
    (portC == 2'b01) & (portB == 2'b10) & (portA == 2'b11) ? 2'b01 :
    (portC == 2'b01) & (portB == 2'b01) & (portA == 2'b10) ? 2'b01 :
    (portC == 2'b01) & (portB == 2'b11) & (portA == 2'b10) ? 2'b01 :
    (portC == 2'b01) & (portB == 2'b10) & (portA == 2'b10) ? 2'b01 :
    (portC == 2'b11) & (portB == 2'b11) & (portA == 2'b01) ? 2'b01 :
    (portC == 2'b11) & (portB == 2'b10) & (portA == 2'b01) ? 2'b01 :
    (portC == 2'b11) & (portB == 2'b01) & (portA == 2'b11) ? 2'b10 :
    (portC == 2'b11) & (portB == 2'b10) & (portA == 2'b11) ? 2'b01 :
    (portC == 2'b11) & (portB == 2'b01) & (portA == 2'b10) ? 2'b10 :
    (portC == 2'b11) & (portB == 2'b11) & (portA == 2'b10) ? 2'b10 :
    (portC == 2'b10) & (portB == 2'b01) & (portA == 2'b01) ? 2'b10 :
    (portC == 2'b10) & (portB == 2'b11) & (portA == 2'b01) ? 2'b10 :
    (portC == 2'b10) & (portB == 2'b10) & (portA == 2'b01) ? 2'b10 :
    (portC == 2'b10) & (portB == 2'b01) & (portA == 2'b11) ? 2'b10 :
    (portC == 2'b10) & (portB == 2'b11) & (portA == 2'b11) ? 2'b10 :
    (portC == 2'b10) & (portB == 2'b10) & (portA == 2'b11) ? 2'b10 :
    (portC == 2'b10) & (portB == 2'b01) & (portA == 2'b10) ? 2'b10 :
    (portC == 2'b10) & (portB == 2'b11) & (portA == 2'b10) ? 2'b10 :
    (portC == 2'b10) & (portB == 2'b10) & (portA == 2'b10) ? 2'b10 :
     2'b11;
endmodule